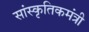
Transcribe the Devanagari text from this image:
सांस्कृतिकमंत्री